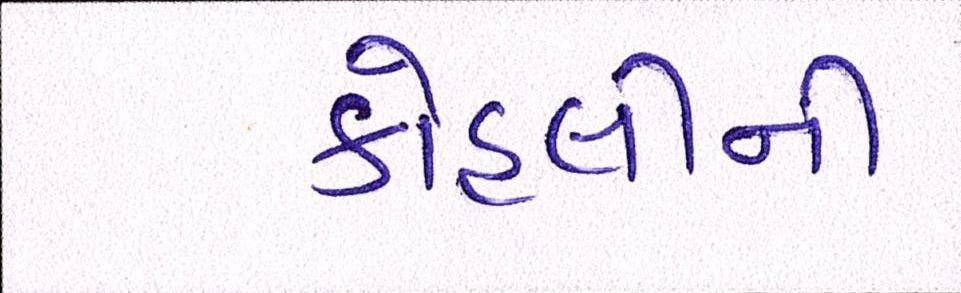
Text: કોહલીની